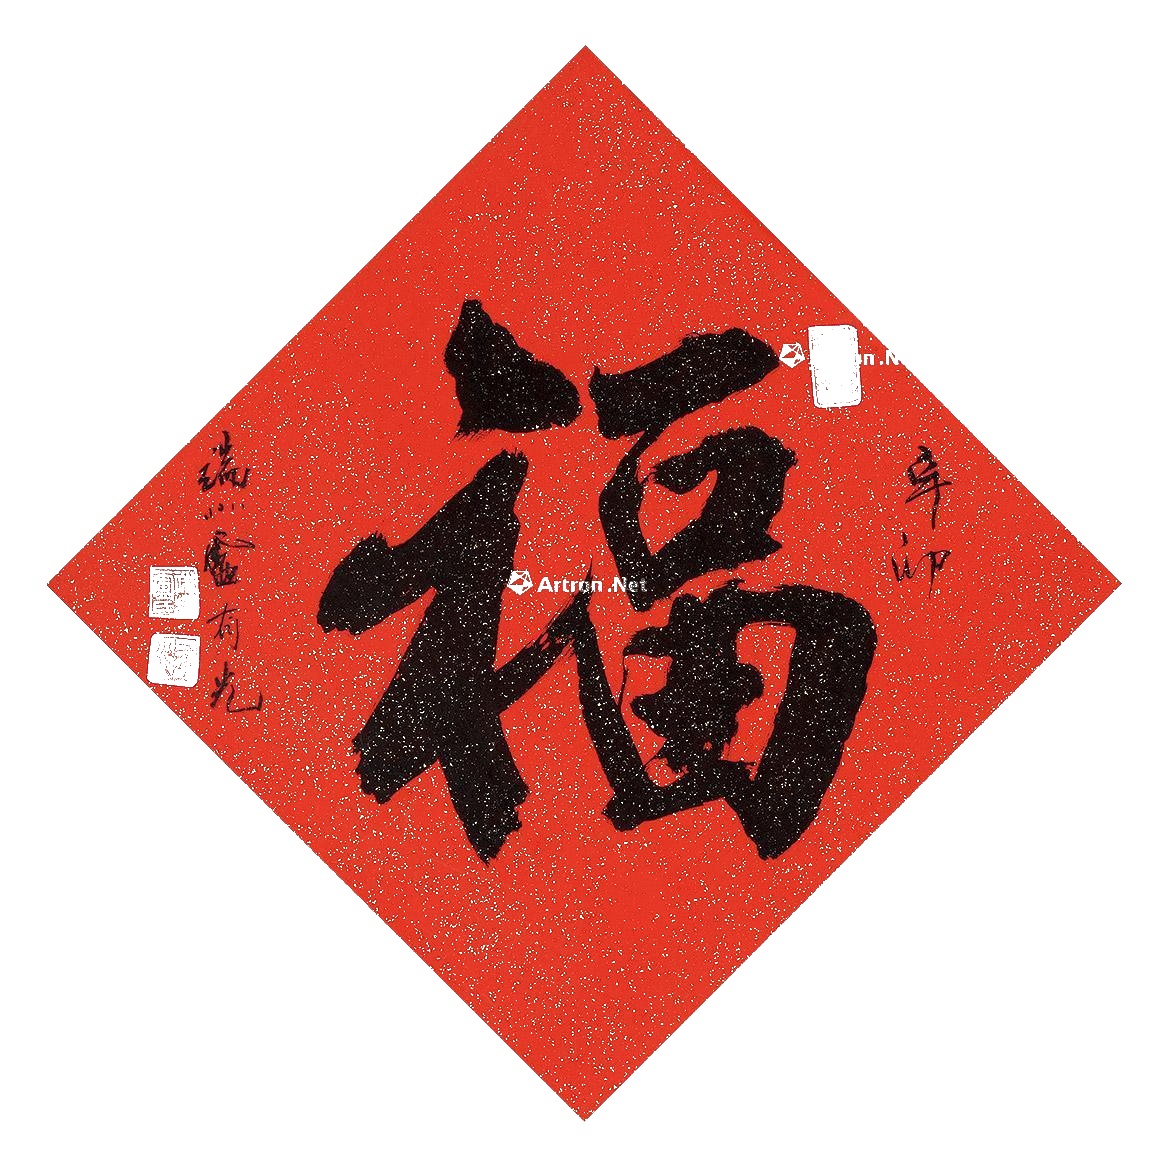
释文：福。辛卯端州卢有光。